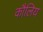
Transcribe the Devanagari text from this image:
कौलिय